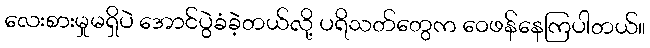
လေးစားမှုမရှိပဲ အောင်ပွဲခံခဲ့တယ်လို့ ပရိသတ်တွေက ဝေဖန်နေကြပါတယ်။